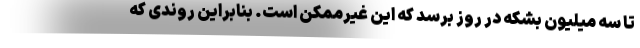
تا سه میلیون بشکه در روز برسد که این غیرممکن است. بنابراین روندی که